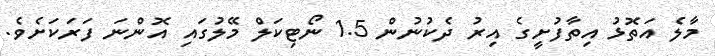
މާލެ އަތޮޅު އިތާފުށީގެ އިރު ދެކުނުން 1.5 ނޯޓިކަލް މޭލުގައި އޮންނަ ފަރަކަށެވެ.